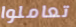
تعاملوا